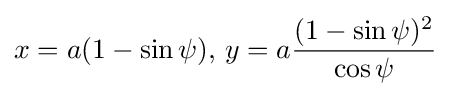
x=a(1-\sin \psi ),\,y=a{\frac {(1-\sin \psi )^{2}}{\cos \psi }}